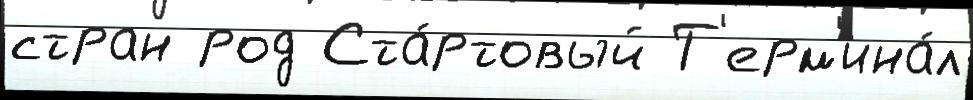
стран род Ста́ртовый Т'ерм'ина́л